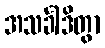
အသင်္ခါဒိတွာ